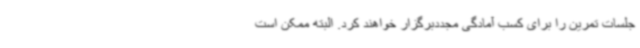
جلسات تمرین را برای کسب آمادگی مجددبرگزار خواهند کرد. البته ممکن است